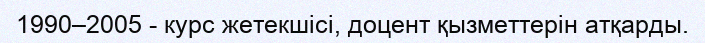
1990–2005 - курс жетекшісі, доцент қызметтерін атқарды.